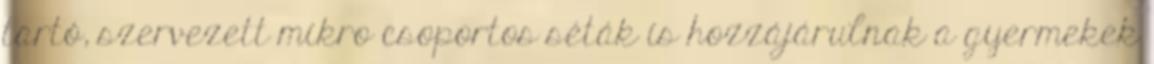
tartó, szervezett mikro csoportos séták is hozzájárulnak a gyermekek